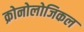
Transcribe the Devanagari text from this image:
क्रोनोलोजिकल